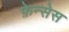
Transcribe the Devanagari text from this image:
फ़ेन्सेस